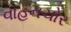
વાહનચોર